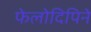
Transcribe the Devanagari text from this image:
फेलोदिपिने